Trukikaitis_Postimees, lk 28
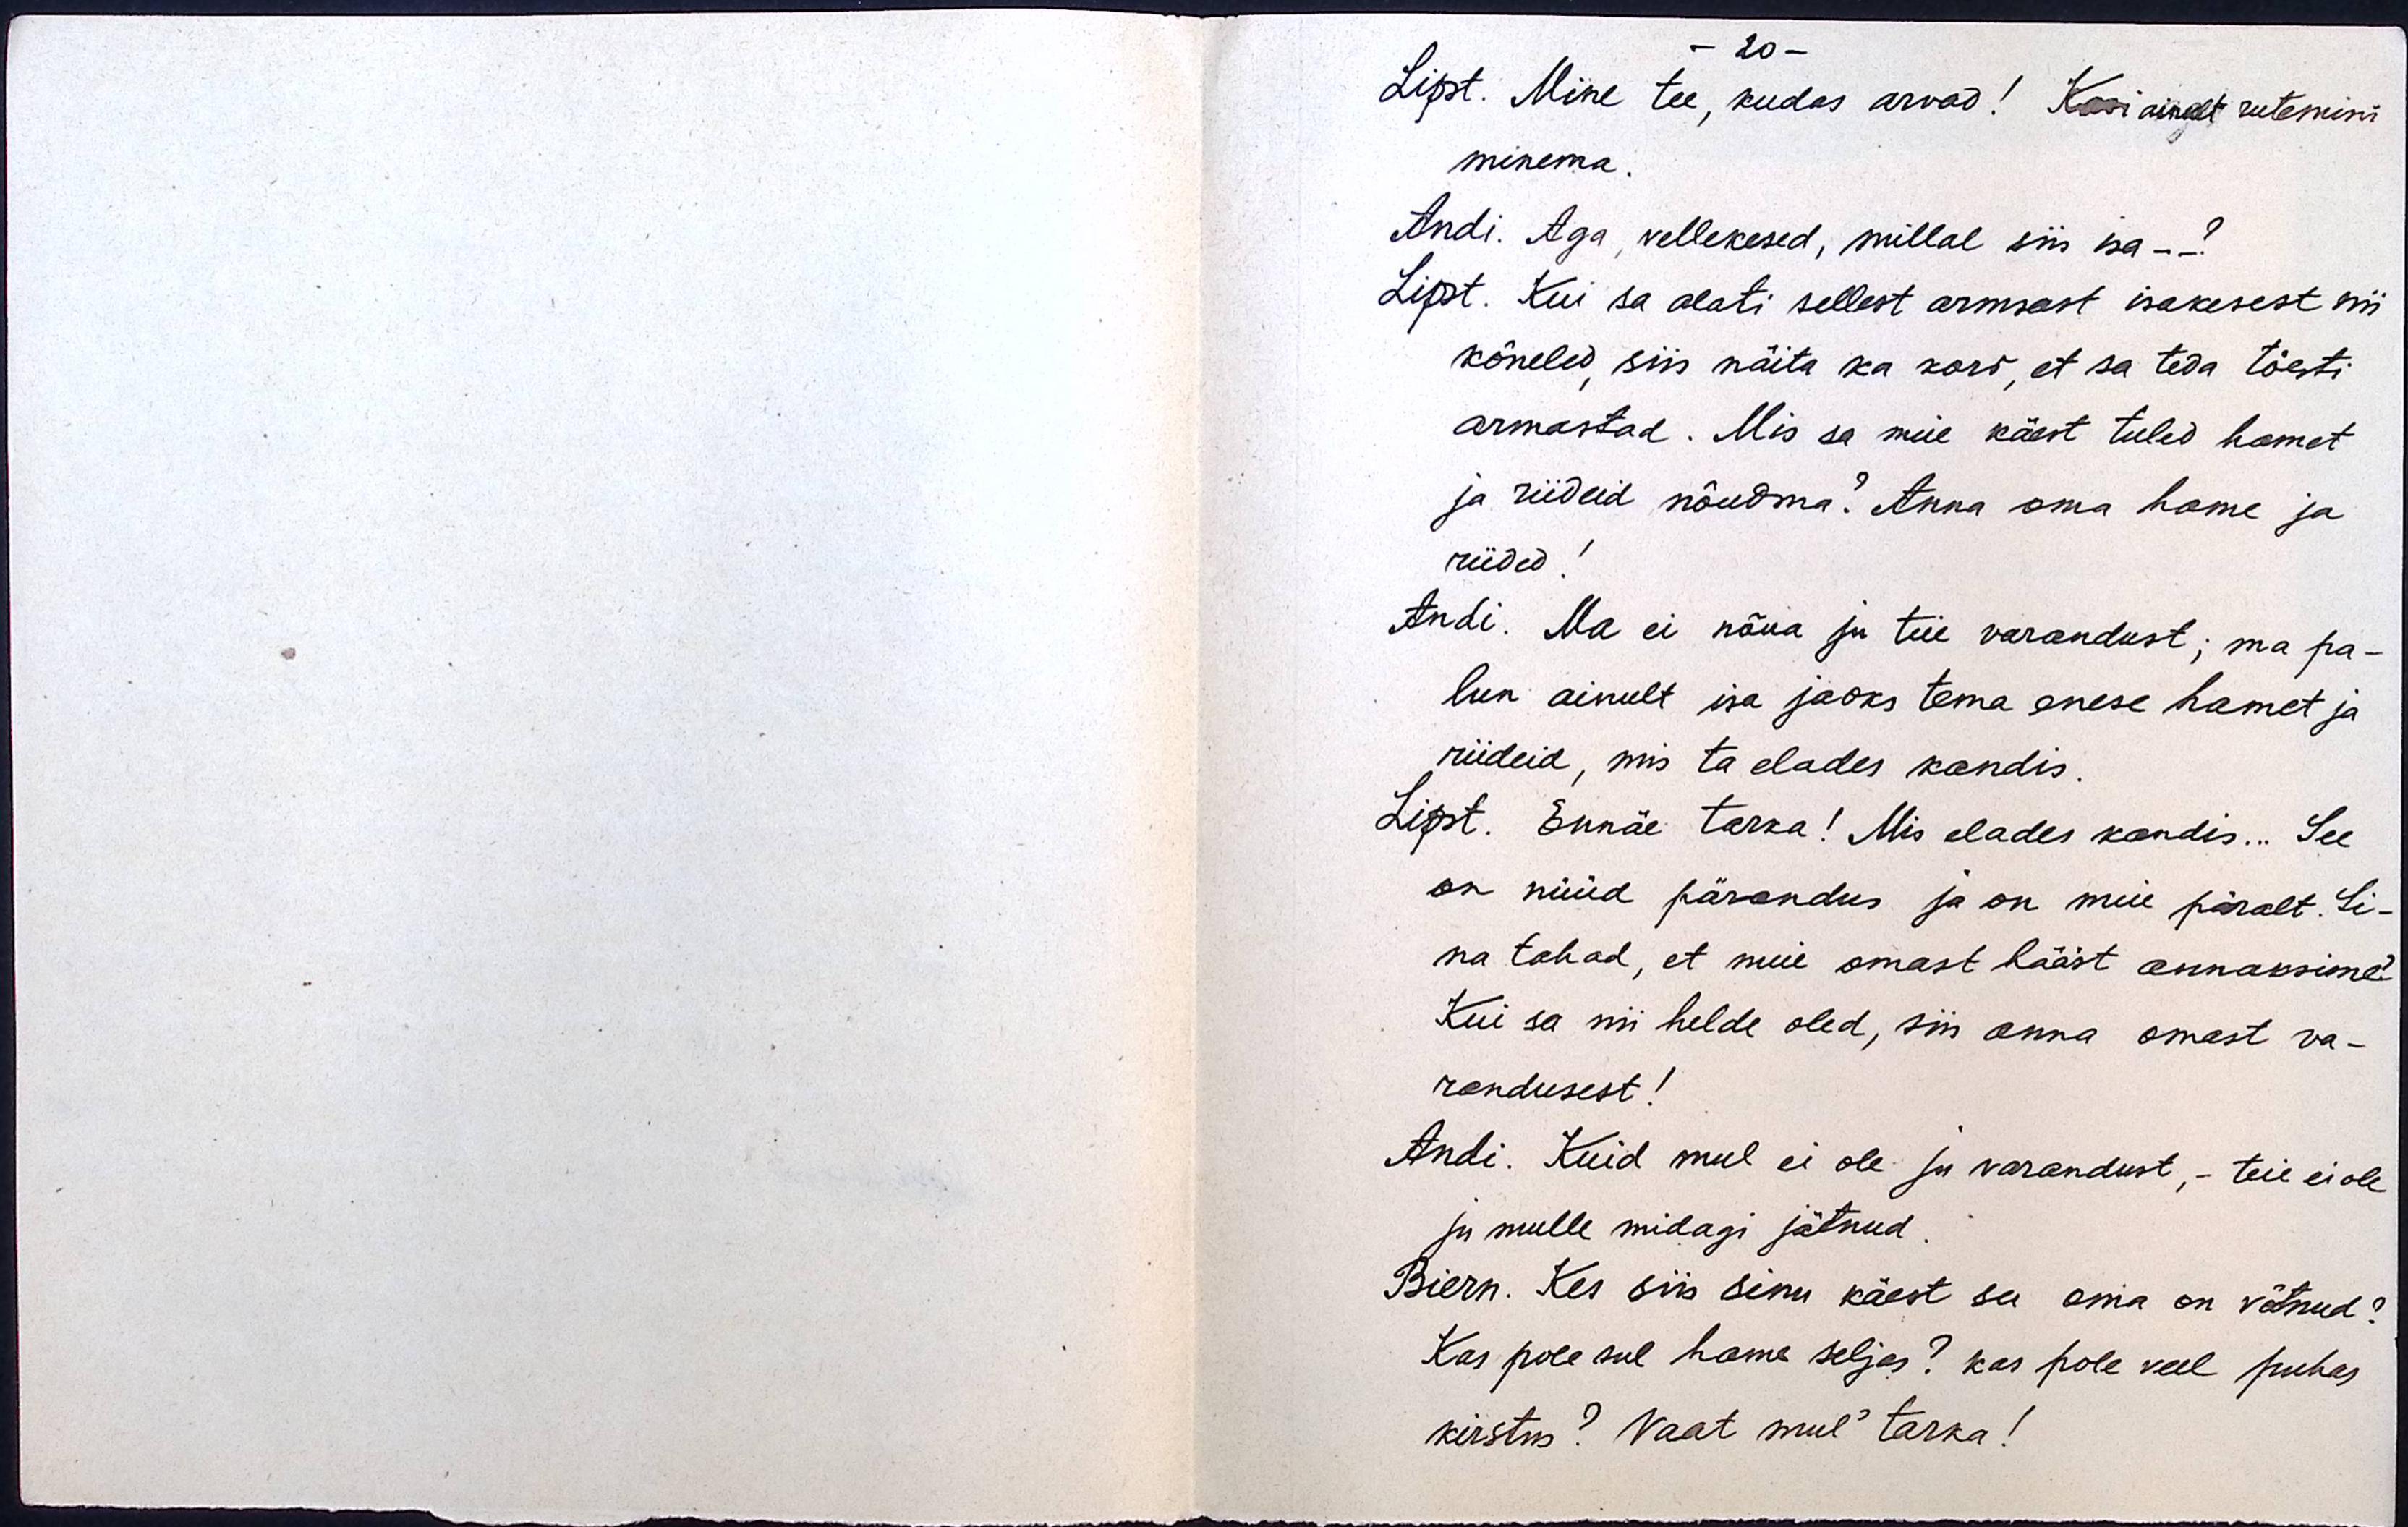
- 20 -
Lipst. Mine tee, kudas arvad! Kasi ainult rutemini
minema.
Andi. Aga, vellekesed, millal siis isa - -?
Lipst. Kui sa alati sellest armsast isakesest nii
kõneled, siis näita ka kord, et sa teda tõesti
armastad. Mis sa meie käest tuled hamet
ja riideid nõudma? Anna oma hame ja
riided!
Andi. Ma ei nõua ju teie varandust; ma pa-
lun ainult isa jaoks tema enese hamet ja
riideid, mis ta elades kandis.
Lipst. Ennäe tarka! Mis elades kandis... See
on nüüd pärandus ja on meie päralt. Si-
na tahad, et meie omast hääst annaksime?
Kui sa nii helde oled, siis anna omast va-
randusest!
Andi. Kuid mul ei ole ju varandust, - teie ei ole
ju mulle midagi jätnud.
Biern. Kes siis sinu käest su oma on võtnud?
Kas pole sul hame seljas? kas pole veel puhas
kirstus? Vaat mul´ tarka!